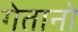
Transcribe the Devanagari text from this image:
गेतानो